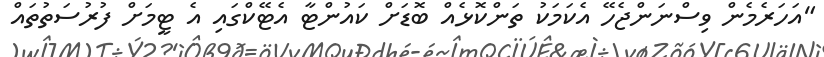
"އަހަރެމެން ވިސްނަންޖެހޭ އެކަމަކު ތަންކޮޅެއް ބޮޑަށް ކައުންޓާ އެޓޭކްގައި އެ ޓީމަށް ފުރުސަތުތައް